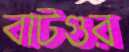
বাটগুর